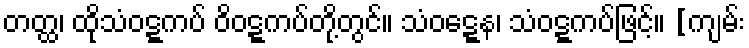
တတ္ထ၊ ထိုသံဝဋ္ဋကပ် ဝိဝဋ္ဋကပ်တို့တွင်။ သံဝဋ္ဋေန၊ သံဝဋ္ဋကပ်ဖြင့်။ [ကျမ်း